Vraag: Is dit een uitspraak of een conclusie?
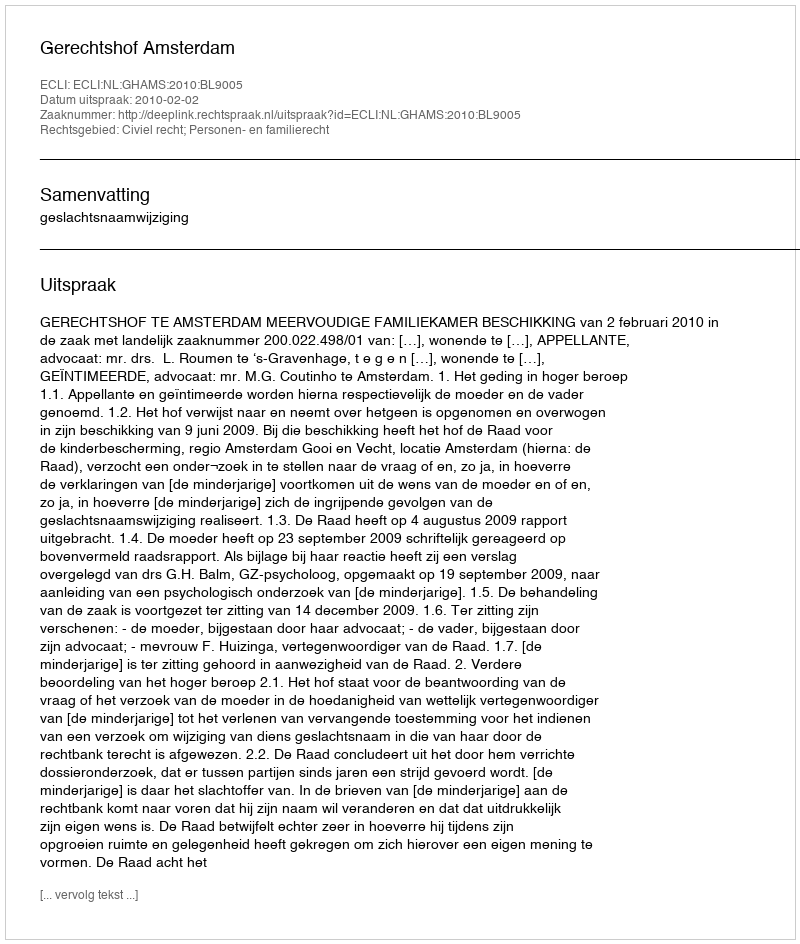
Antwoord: Uitspraak